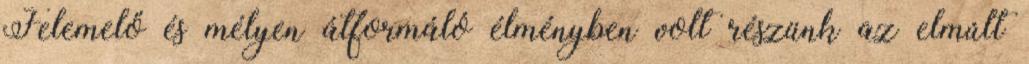
Felemelő és mélyen átformáló élményben volt részünk az elmúlt